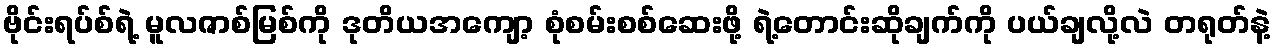
ဗိုင်းရပ်စ်ရဲ့ မူလဇာစ်မြစ်ကို ဒုတိယအကျော့ စုံစမ်းစစ်ဆေးဖို့ ရဲ့တောင်းဆိုချက်ကို ပယ်ချလို့လဲ တရုတ်နဲ့